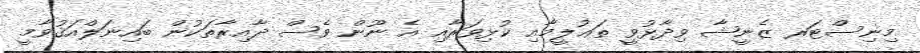
މިނިސްޓަރ ޒެނީޝާ ވިދާޅުވީ ތަޢުލީމާއި ކުޅިވަރާއި އެ ނޫން ވެސް ދާއިރާތަކުން ބައިނަލްއަޤުވާމީ